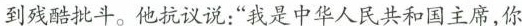
到残酷批斗。他抗议说：”我是中华人民共和国主席，你